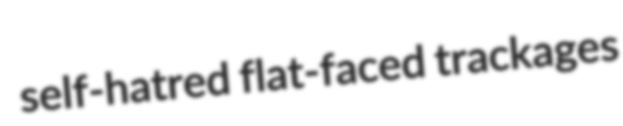
self-hatred flat-faced trackages